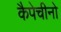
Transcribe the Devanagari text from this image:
कैपेचीनो